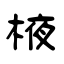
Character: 棭